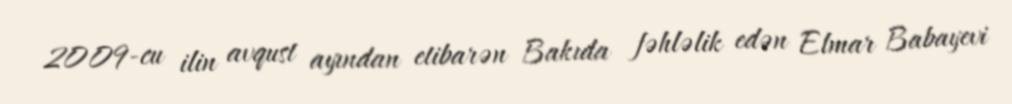
2009-cu ilin avqust ayından etibarən Bakıda fəhləlik edən Elmar Babayevi